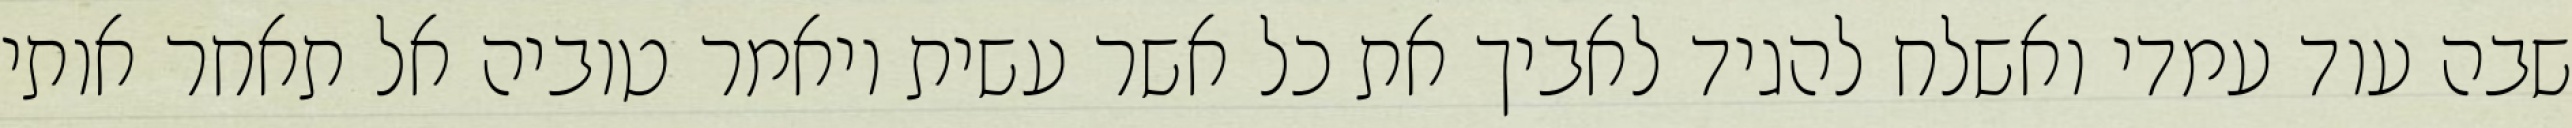
שבה עוד עמדי ואשלח להגיד לאביך את כל אשר עשית ויאמר טוביה אל תאחר אותי